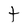
Character: t